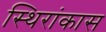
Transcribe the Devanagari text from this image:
स्थिरांकास